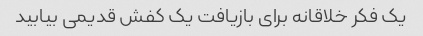
یک فکر خلاقانه برای بازیافت یک کفش قدیمی بیابید